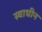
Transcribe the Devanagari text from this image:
स्‍वाधीन